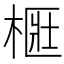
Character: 㮜